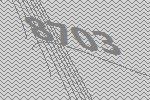
8703